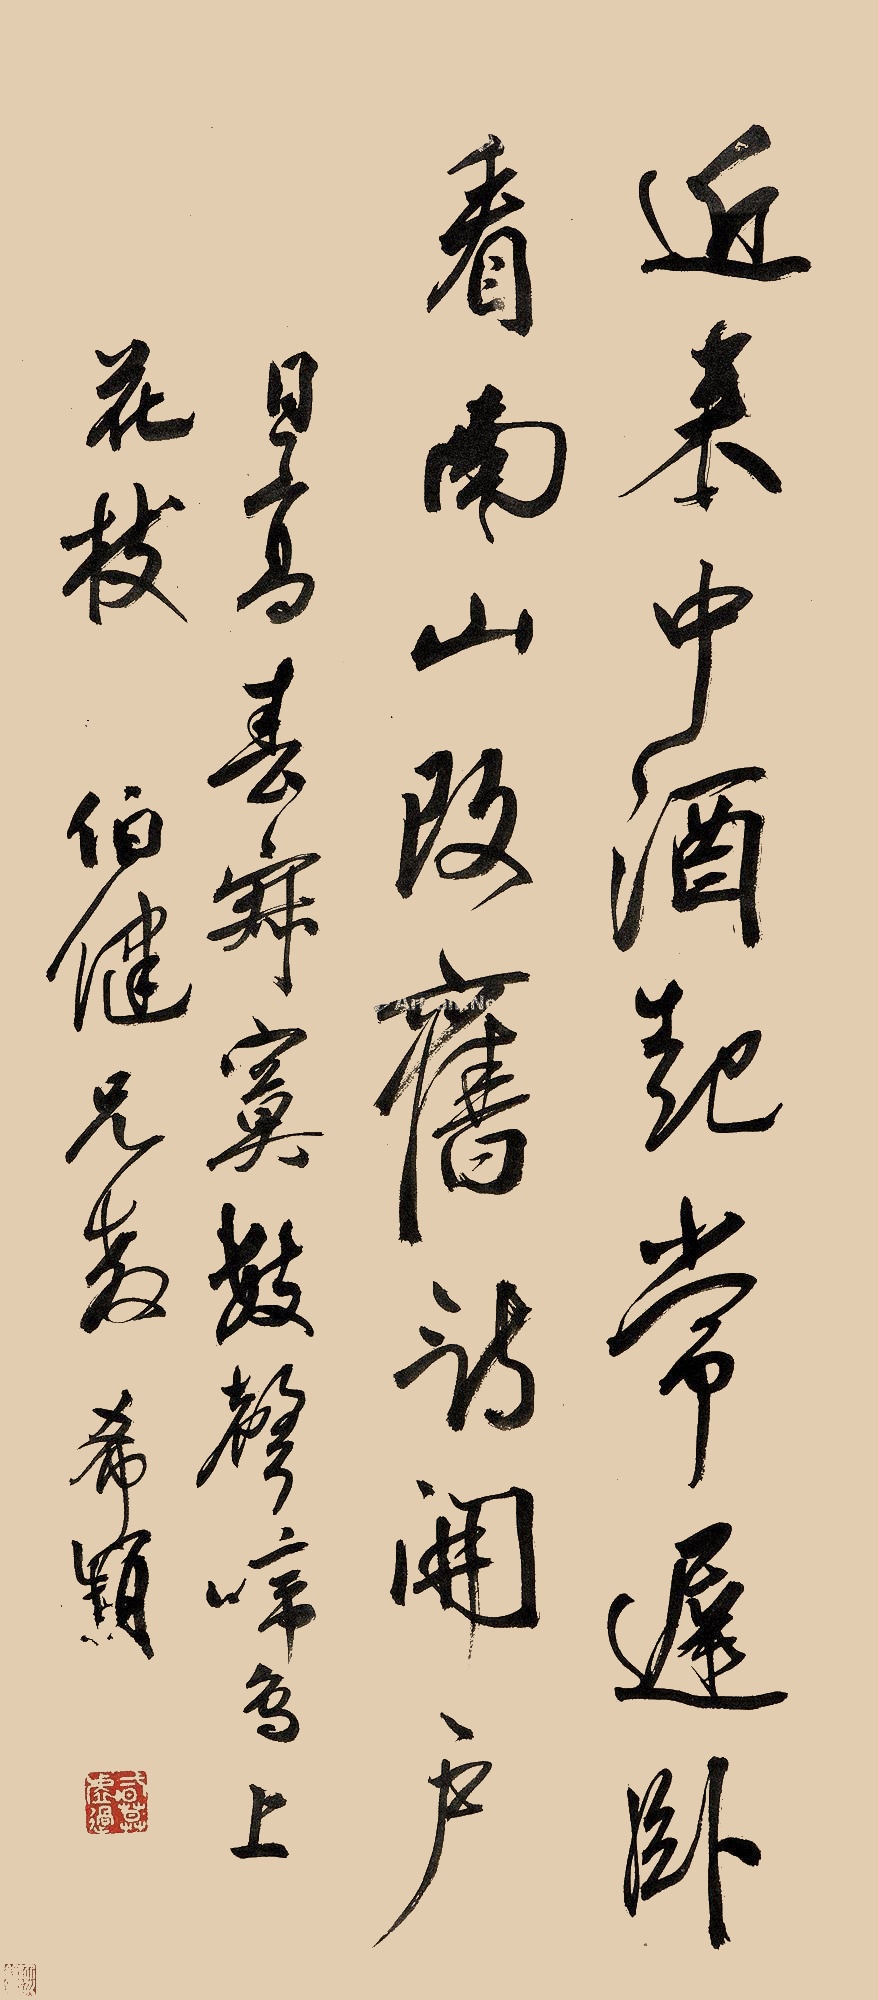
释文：近来中酒起常迟，卧看南山改旧诗。开户日高春寂寞，数声啼鸟上花枝。伯健兄教。希颢。